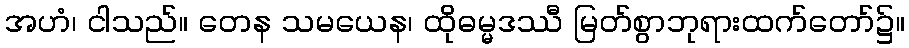
အဟံ၊ ငါသည်။ တေန သမယေန၊ ထိုဓမ္မဒဿီ မြတ်စွာဘုရားထက်တော်၌။